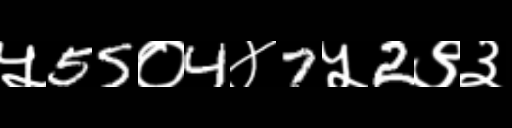
Text: ५55०4४7५2९३